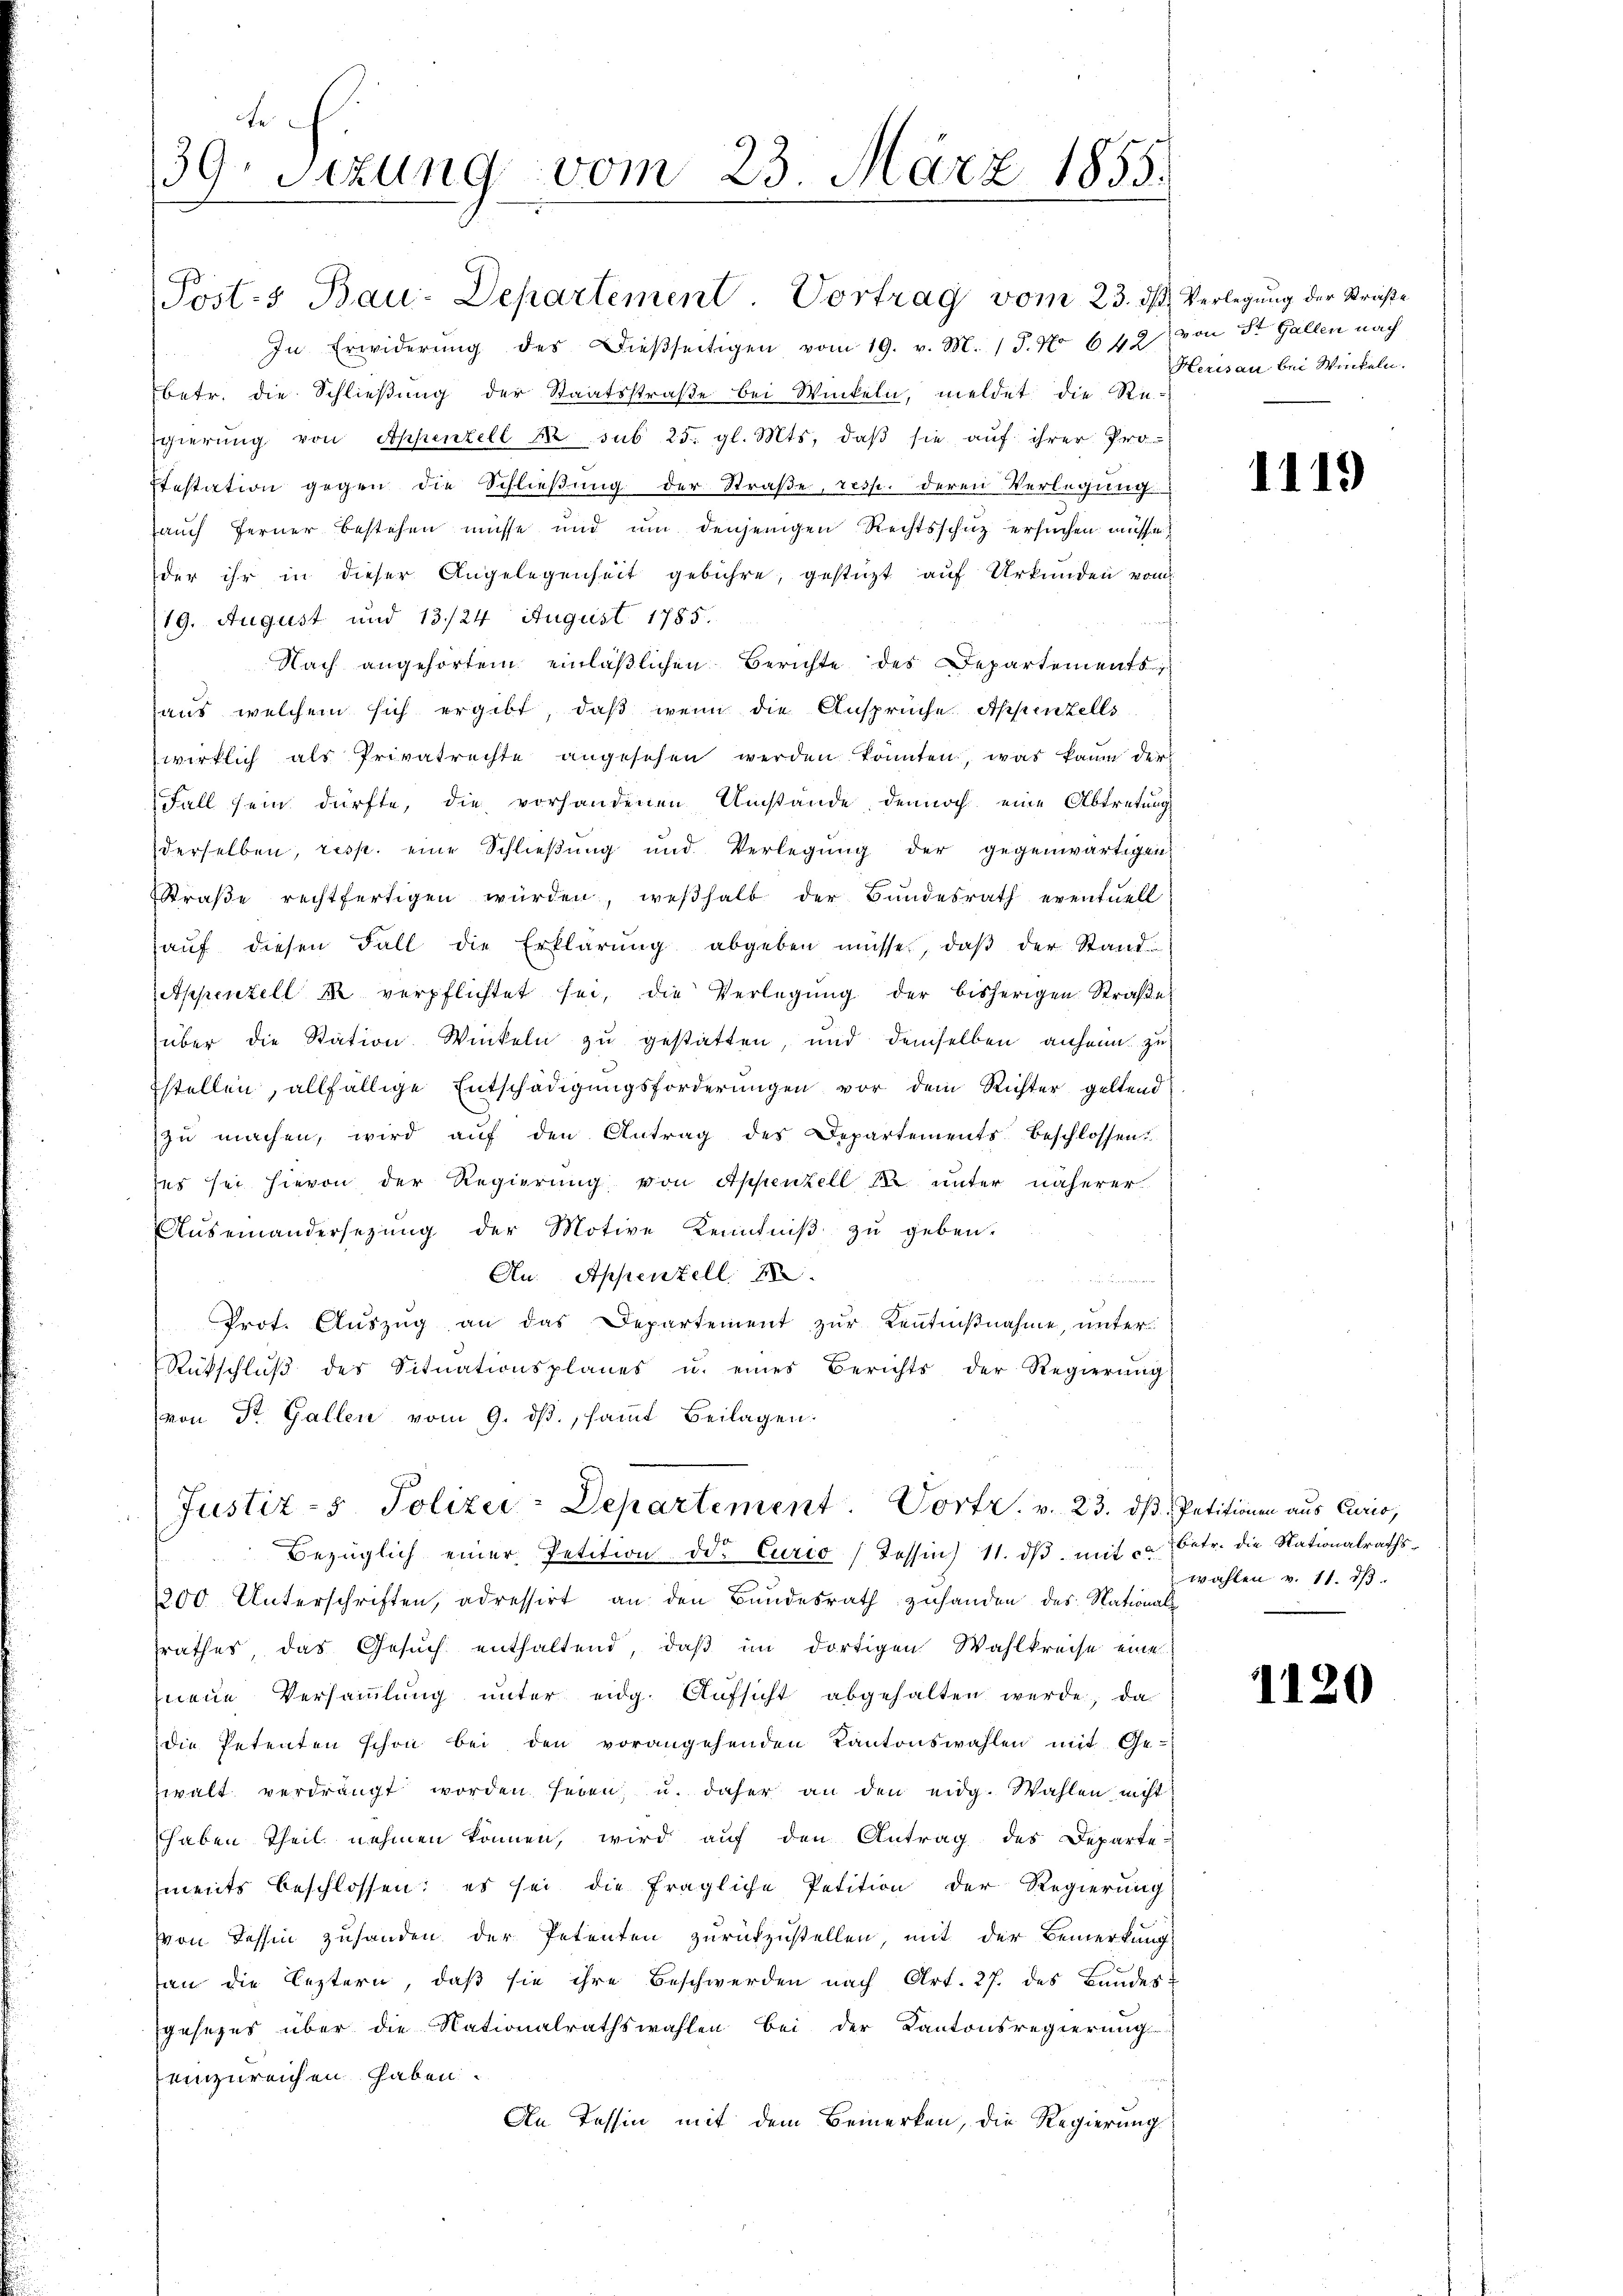
e
39. Sekung vom 23. März 1855.

Posts Bau-Departement. Vortrag vom 23. ds Verlegung der Straße
In Erwiderŭng des dießseitigen vom 19. v. M. 18. No 642
betr. die Schließung der Staatsstraße bei Winkeln, meldet die Re-
gierung von Appenzell u. sub 25. gl. Mts. daβ sie auf ihrer Proftestation gegen die Schließung der Straße, resp. deren Verlegung
auch ferner bestehen müsse und um denjenigen Rechtsschuz ersuchen müsse
der ihr in dieser Angelegenheit gebühre, gestüzt auf Urkunden vom
19. August und 13/24 August 1785.
auf
Nach angehörtem einläßlichen Berichte des Departements
aus, welchem sich ergibt, daß wenn die Ansprüche Appenzells
wirklich als Privatrechte angesehen werden könnten, was kaum der
Fall sein dürfte, die vorhandenen Umstände dennoch eine Abtretung
derselben, resp. eine Schlieβŭng und Verlegŭng der gegenwärtigen
Straβe rechtfertigen würden, weßhalb der Bundesrath eventuell
aŭf diesen Fall die Erklärŭng abgeben müsse, daβ der Stand
eppenzell & verpflichtet sei, die Verlegŭng der bisherigen Straβe
über die Station Winkeln zŭ gestatten, und demselben anheim zu
stellen, allfällige Entschädigungsforderungen vor dem Richter geltend
zŭ machen, wird aŭf den Antrag des Departements beschlossen
ses sei hievon der Regierung von Appenzell 12 unter näherer
Aŭseinandersetzŭng der Motive Kenntniβ zŭ geben.
An. Appenzell
u
Prot. Aŭszŭg an das Departement zur Kenntnißnahme, unter
Rückschlŭβ des Situationsplanes u. eines Berichts der Regierŭng
von St. Gallen vom 9. ds., sammt Beilagen.

Justiz - Polizei-Departement. Vortr. v. 23. dβ. Petitionen aus Cario,

Bezüglich einer Petition od. Curio (Tessin 11. dβ mit u. betr. die Nationalraths¬
200. Unterschriften, adressirt an den Bundesrath zuhanden des Nationalsrathes, das Gesuch enthaltend, daß im dortigen Wahlkreise eine
neue Versammlung unter eidg. Aufsicht abgehalten werde, da
die Petenten schon bei den vorangehenden Kantonswahlen mit. Ge-
zwalt verdrängt worden seien u. daher an den eidg. Wahlen nicht
haben Theil nehmen können, wird aŭf den Antrag des Departe
ments beschlossen: es sei die fragliche Petition der Regierung
von Tessin zuhanden der Petenten zurückzustellen, mit der Bemerkung
an die Leztern, daβ sie ihre Beschwerden nach Art. 27. des Bandes-
gesezes über die Nationalrathswahlen bei der Kantonsregierung
einzureichen haben.
An Tessin mit dem Bemerken, die Regierung

von St. Gallen nach
Herisau bei Winkeln.

1119

wählen v. 11. 13.

1120